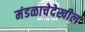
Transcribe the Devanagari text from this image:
मंडळाचेदेखील